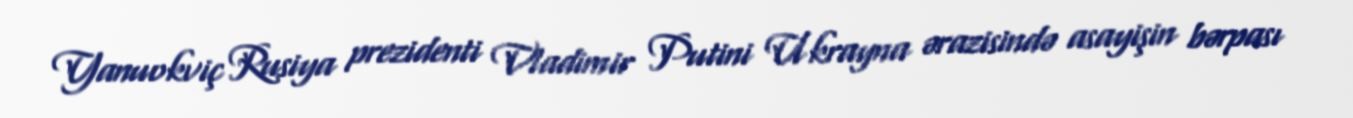
Yanuokviç Rusiya prezidenti Vladimir Putini Ukrayna ərazisində asayişin bərpası